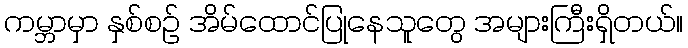
ကမ္ဘာမှာ နှစ်စဉ် အိမ်ထောင်ပြုနေသူတွေ အများကြီးရှိတယ်။